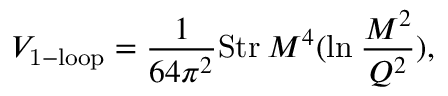
V _ { \mathrm { 1 - l o o p } } = { \frac { 1 } { 6 4 \pi ^ { 2 } } } \mathrm { S t r } \: M ^ { 4 } ( \mathrm { l n } \: { \frac { M ^ { 2 } } { Q ^ { 2 } } } ) ,